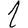
Digit: 1